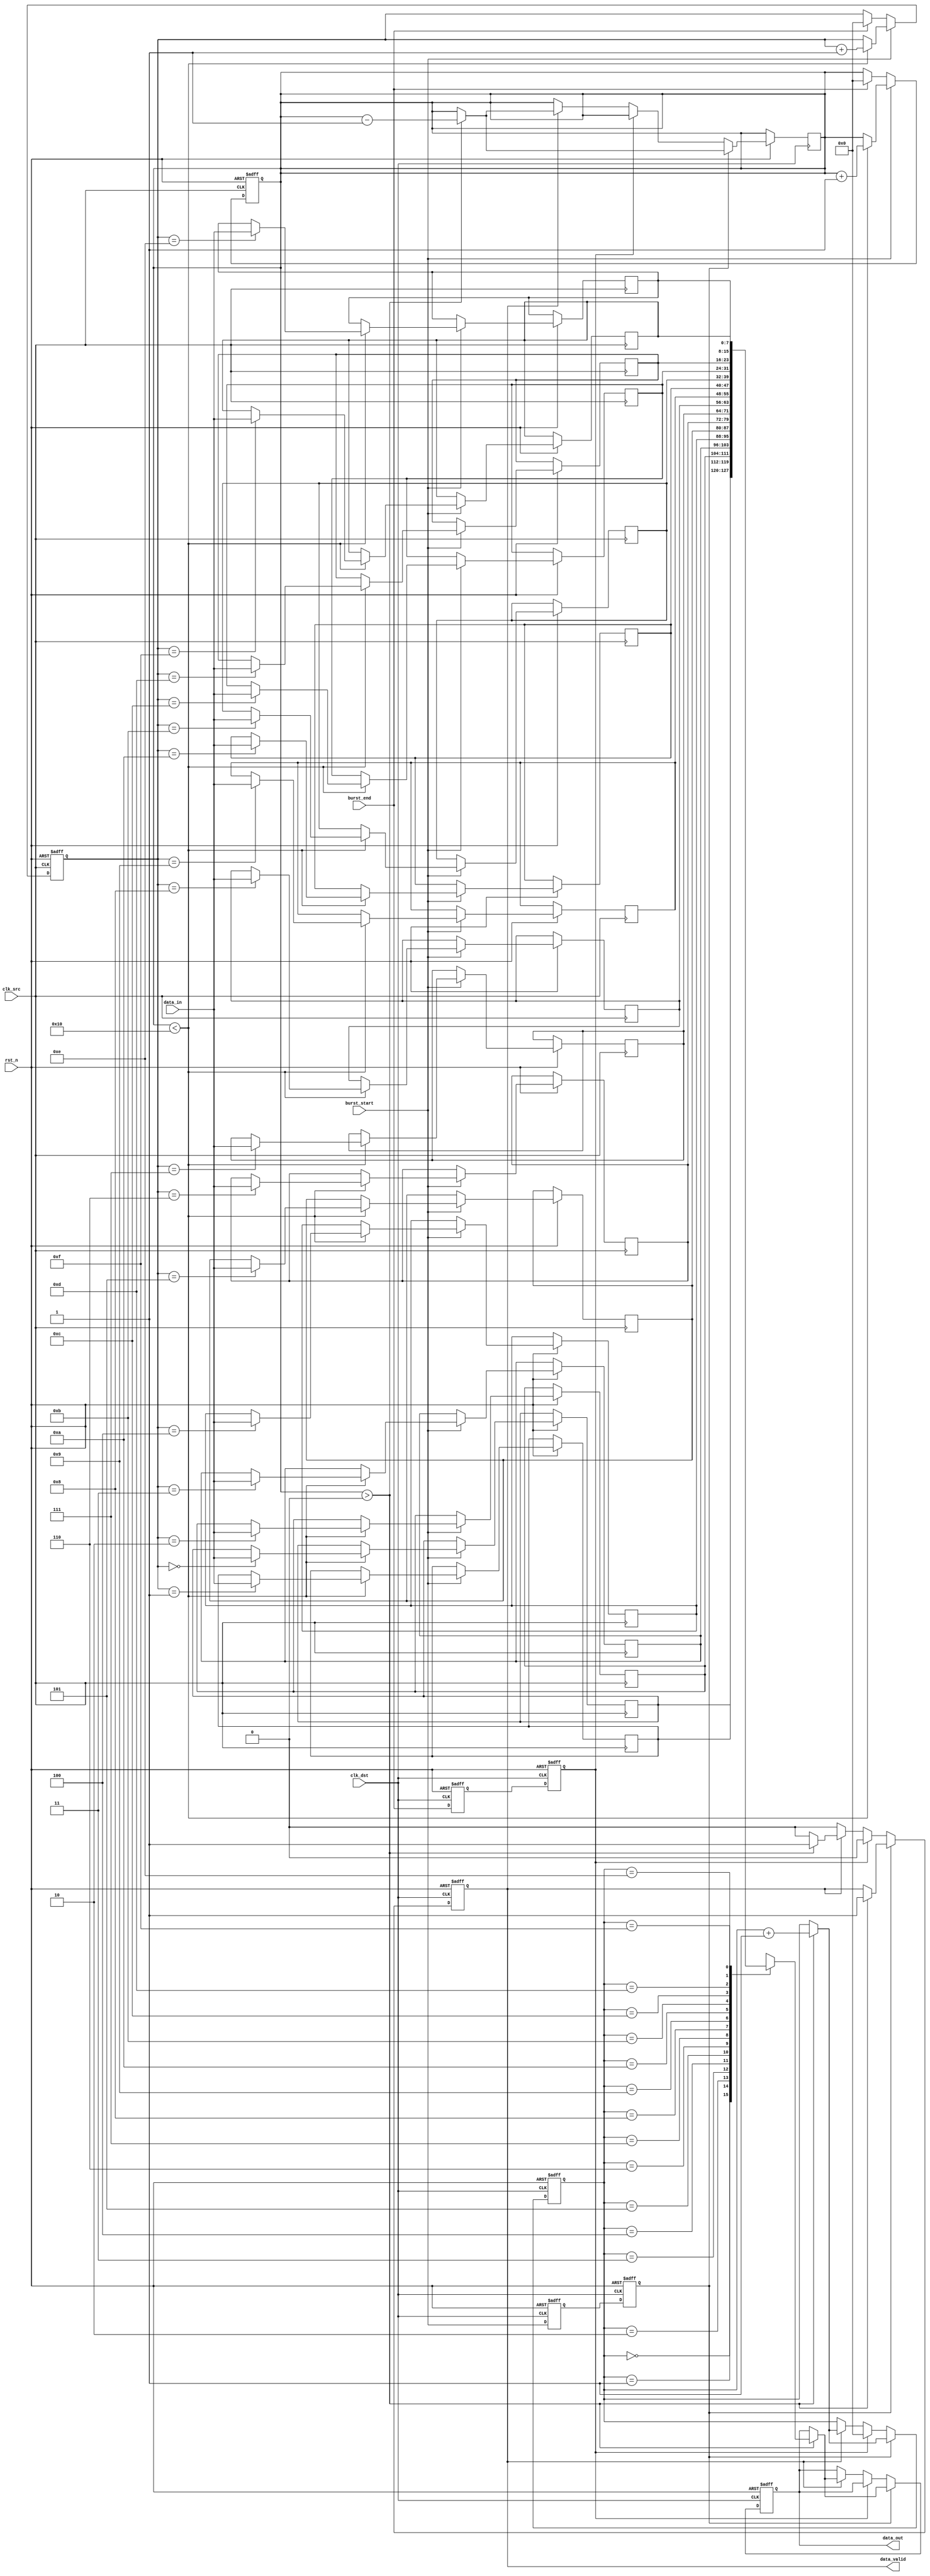
module burst_mode_synchronizer #(
    parameter DATA_WIDTH = 8,
    parameter FIFO_DEPTH = 16
)(
    input wire clk_src,               // Source clock
    input wire clk_dst,               // Destination clock
    input wire rst_n,                 // Active low reset
    input wire [DATA_WIDTH-1:0] data_in, // Data input from source clock domain
    input wire burst_start,           // Signal to indicate the start of a burst
    input wire burst_end,             // Signal to indicate the end of a burst
    output reg [DATA_WIDTH-1:0] data_out, // Synchronized data output
    output reg data_valid             // Signal to indicate valid data output
);

    // FIFO buffer for burst data
    reg [DATA_WIDTH-1:0] fifo [0:FIFO_DEPTH-1];
    reg [3:0] write_ptr;              // Write pointer for FIFO
    reg [3:0] read_ptr;               // Read pointer for FIFO
    reg [3:0] fifo_count;             // Count of valid data in FIFO

    // Synchronization registers
    reg [DATA_WIDTH-1:0] sync_data_1, sync_data_2;
    reg burst_start_sync_1, burst_start_sync_2;
    reg burst_end_sync_1, burst_end_sync_2;

    // Asynchronous reset logic
    always @(posedge clk_src or negedge rst_n) begin
        if (!rst_n) begin
            write_ptr <= 0;
            fifo_count <= 0;
        end else if (burst_start) begin
            // Write data to FIFO on burst start
            if (fifo_count < FIFO_DEPTH) begin
                fifo[write_ptr] <= data_in;
                write_ptr <= write_ptr + 1;
                fifo_count <= fifo_count + 1;
            end
        end else if (burst_end) begin
            // Reset FIFO on burst end
            write_ptr <= 0;
            fifo_count <= 0;
        end
    end

    // Synchronize burst start and end signals to destination clock domain
    always @(posedge clk_dst or negedge rst_n) begin
        if (!rst_n) begin
            burst_start_sync_1 <= 0;
            burst_start_sync_2 <= 0;
            burst_end_sync_1 <= 0;
            burst_end_sync_2 <= 0;
        end else begin
            burst_start_sync_1 <= burst_start;
            burst_start_sync_2 <= burst_start_sync_1;
            burst_end_sync_1 <= burst_end;
            burst_end_sync_2 <= burst_end_sync_1;
        end
    end

    // Data output logic
    always @(posedge clk_dst or negedge rst_n) begin
        if (!rst_n) begin
            data_out <= 0;
            data_valid <= 0;
            read_ptr <= 0;
        end else if (burst_start_sync_2) begin
            // Read data from FIFO when burst starts
            if (fifo_count > 0) begin
                data_out <= fifo[read_ptr];
                data_valid <= 1;
                read_ptr <= read_ptr + 1;
                fifo_count <= fifo_count - 1;
            end
        end else if (burst_end_sync_2) begin
            // Reset data valid signal on burst end
            data_valid <= 0;
            read_ptr <= 0;
        end else if (data_valid) begin
            // Continue to output valid data until FIFO is empty
            if (fifo_count > 0) begin
                data_out <= fifo[read_ptr];
                read_ptr <= read_ptr + 1;
                fifo_count <= fifo_count - 1;
            end else begin
                data_valid <= 0; // No more valid data
            end
        end
    end

endmodule